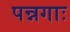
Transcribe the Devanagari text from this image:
पन्नगाः